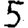
Digit: 5